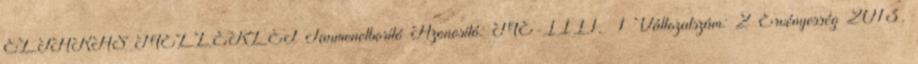
ELJÁRÁS MELLÉKLET Tanmenetborító Azonosító: ME-III.1. 1 Változatszám: 2 Érvényesség 2013.